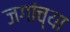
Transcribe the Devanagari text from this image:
जगांच्या